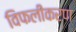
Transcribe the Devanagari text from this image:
विफलीकरण